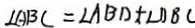
\angle A B C = \angle A B D + \angle D B C